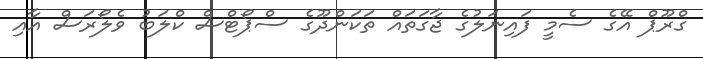
ގްރޫޕް އޭގެ ސެމީ ފައިނަލުގެ ޖާގަތައް ތަކަންދޫގެ ސްޕޯޓްސް ކްލަބު ވެލޯރަސް އާއި